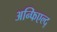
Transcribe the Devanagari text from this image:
अन्फिएल्द्